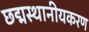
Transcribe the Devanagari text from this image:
छद्मस्थानीयकरण